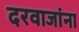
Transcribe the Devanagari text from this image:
दरवाजांना